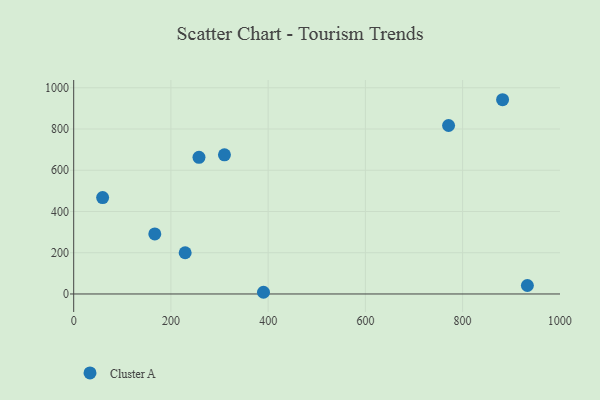
{"axis": {"x": "Ad Spend", "y": "Profit"}, "legend": ["Cluster A"], "data": [{"x": "933.2", "y": 41.1, "type": "Cluster A"}, {"x": "166.8", "y": 291.1, "type": "Cluster A"}, {"x": "229.3", "y": 199.9, "type": "Cluster A"}, {"x": "310.1", "y": 674.6, "type": "Cluster A"}, {"x": "390.4", "y": 8.2, "type": "Cluster A"}, {"x": "257.7", "y": 662.9, "type": "Cluster A"}, {"x": "59.5", "y": 467.3, "type": "Cluster A"}, {"x": "771.1", "y": 816.9, "type": "Cluster A"}, {"x": "882.2", "y": 942.0, "type": "Cluster A"}]}